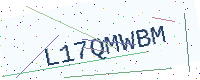
Text: L17QMWBM